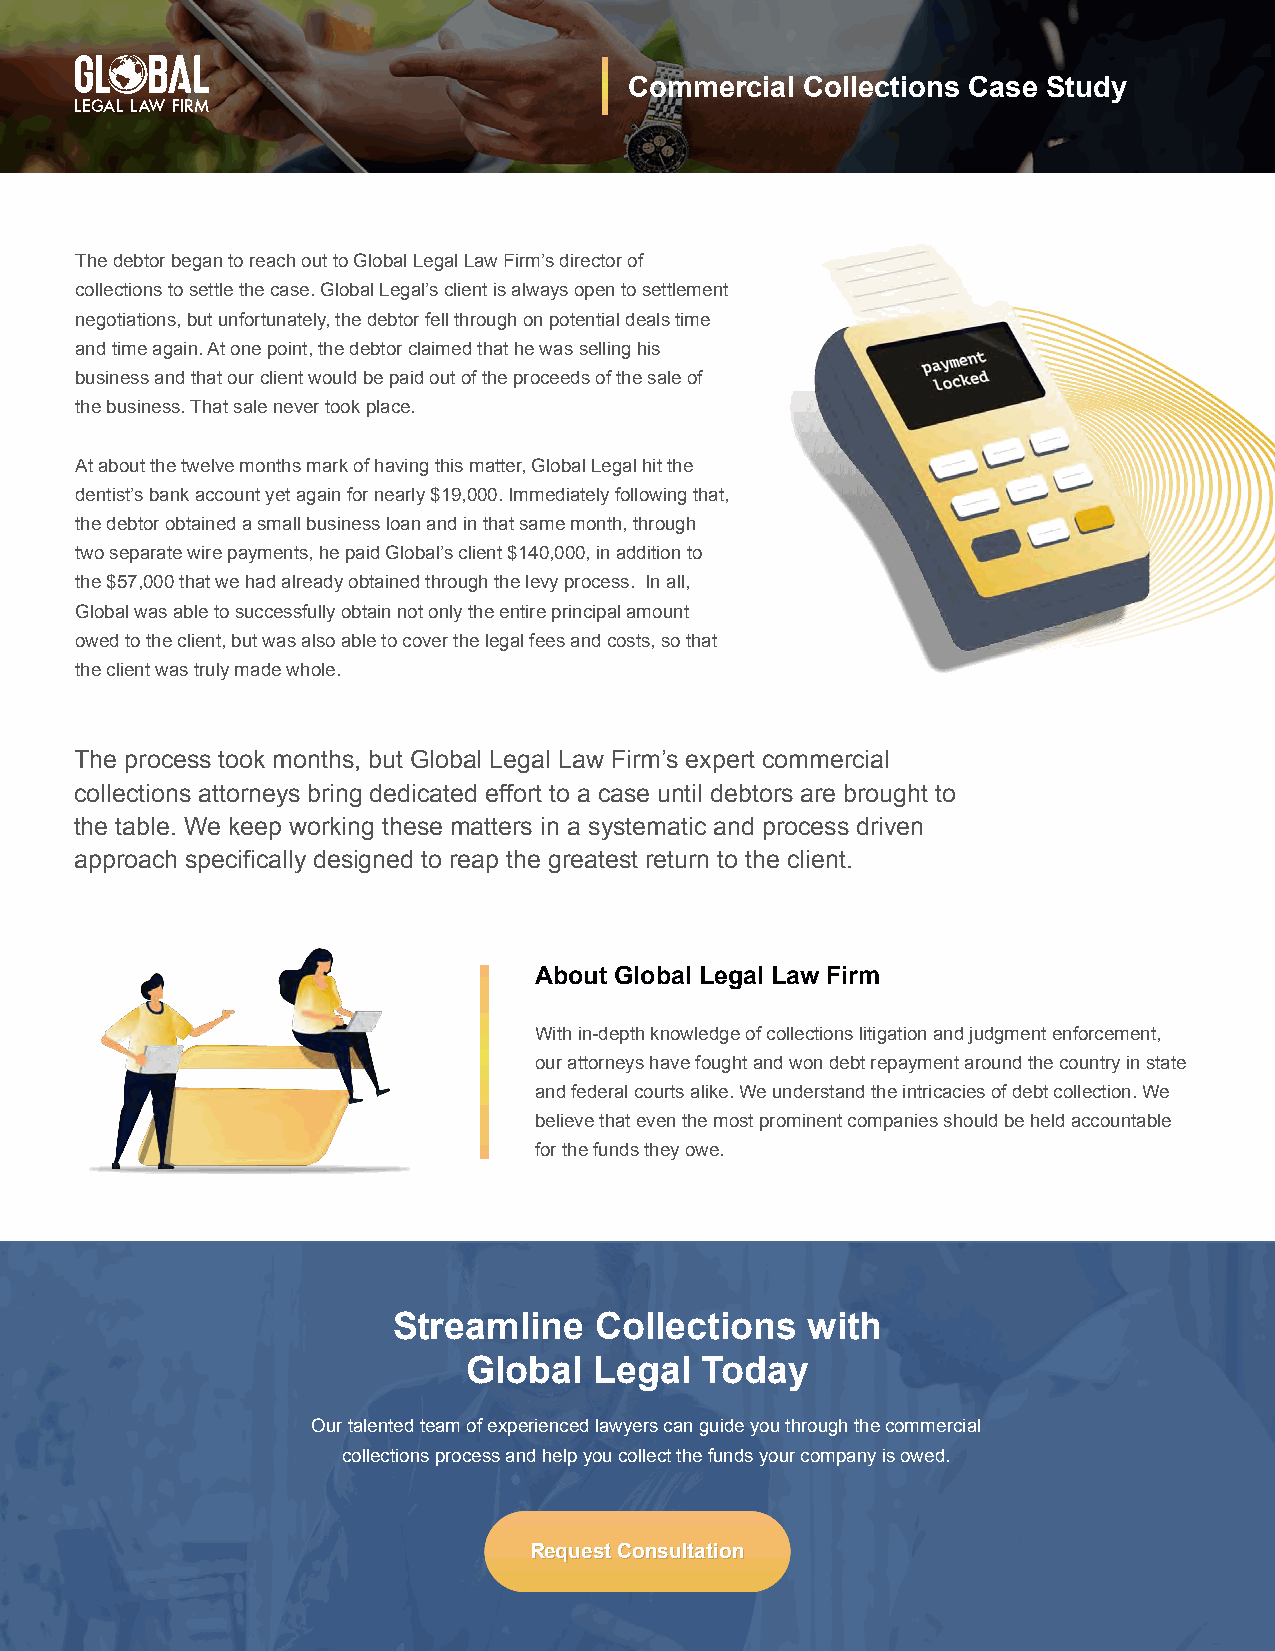
Commercial Collections Case Study
 The debtor began to reach out to Global Legal Law Firm’s director of
 collections to settle the case. Global Legal’s client is always open to settlement
 negotiations, but unfortunately, the debtor fell through on potential deals time
 and time again. At one point, the debtor claimed that he was selling his
 business and that our client would be paid out of the proceeds of the sale of
 the business. That sale never took place.
 At about the twelve months mark of having this matter, Global Legal hit the
 dentist’s bank account yet again for nearly $19,000. Immediately following that,
 the debtor obtained a small business loan and in that same month, through
 two separate wire payments, he paid Global’s client $140,000, in addition to
 the $57,000 that we had already obtained through the levy process. In all,
 Global was able to successfully obtain not only the entire principal amount
 owed to the client, but was also able to cover the legal fees and costs, so that
 the client was truly made whole.
 The process took months, but Global Legal Law Firm’s expert commercial
 collections attorneys bring dedicated effort to a case until debtors are brought to
 the table. We keep working these matters in a systematic and process driven
 approach specifically designed to reap the greatest return to the client.
 About Global Legal Law Firm
 With in-depth knowledge of collections litigation and judgment enforcement,
 our attorneys have fought and won debt repayment around the country in state
 and federal courts alike. We understand the intricacies of debt collection. We
 believe that even the most prominent companies should be held accountable
 for the funds they owe.
 Streamline   Collections   with
 Global  Legal  Today
 Our talented team of experienced lawyers can guide you through the commercial
 collections process and help you collect the funds your company is owed.
 RReeqquueesstt CCoonnssuullttaattiioonn